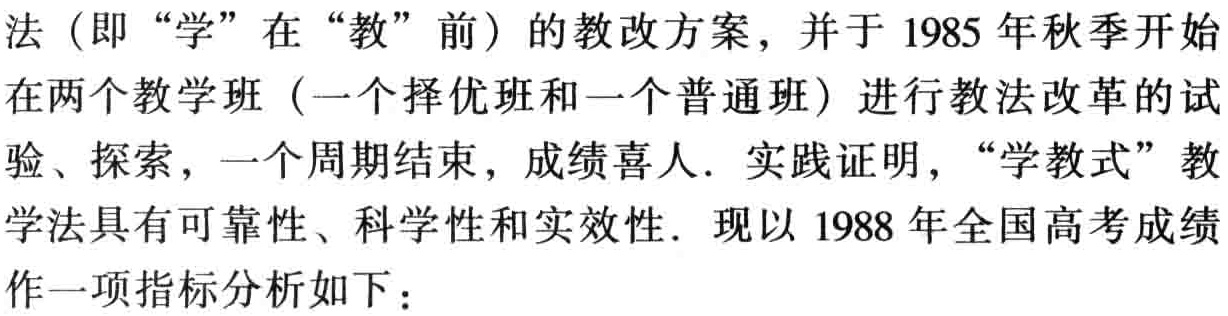
法（即“学”在“教”前）的教改方案，并于1985年秋季开始

在两个教学班（一个择优班和一个普通班）进行教法改革的试

验、探索，一个周期结束，成绩喜人．实践证明，“学教式”教

学法具有可靠性、科学性和实效性．现以1988年全国高考成绩

作一项指标分析如下：